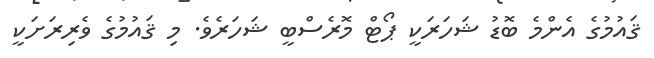
ޤައުމުގެ އެންމެ ބޮޑު ޝަހަރަކީ ޕޯޓް މޮރެސްބީ ޝަހަރެވެ. މި ޤައުމުގެ ވެރިރަށަކީ